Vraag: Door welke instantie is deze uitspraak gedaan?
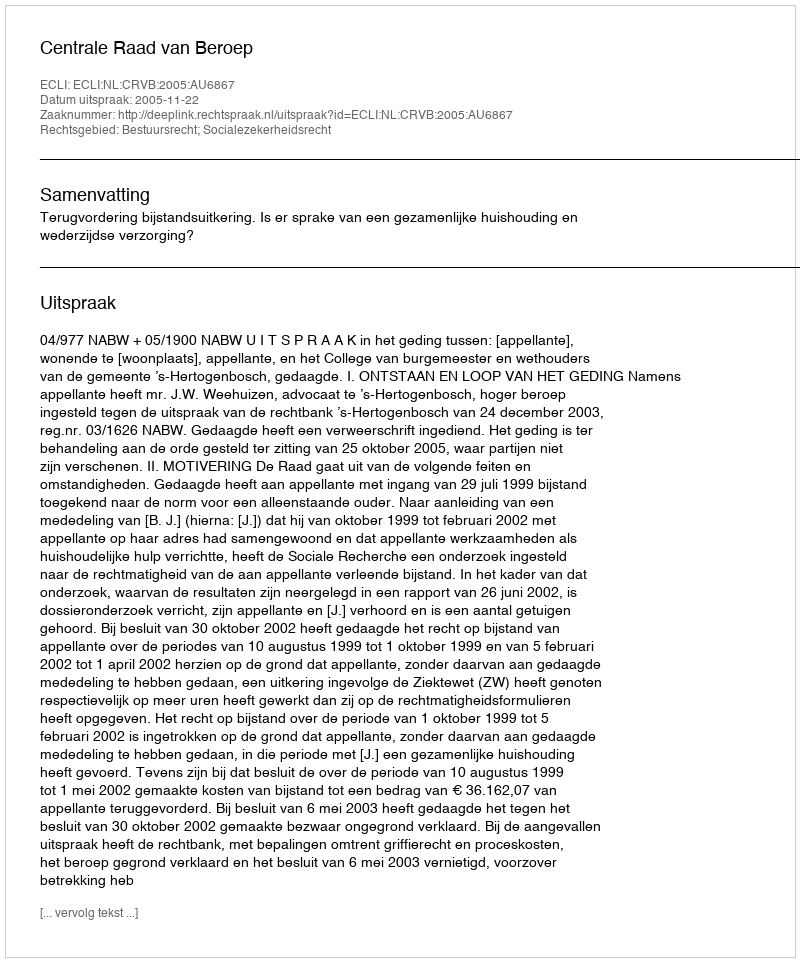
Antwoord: Centrale Raad van Beroep